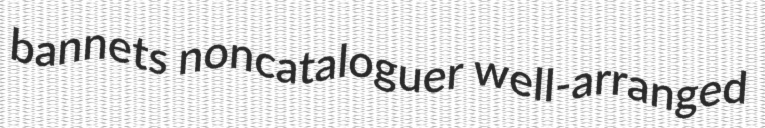
bannets noncataloguer well-arranged